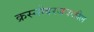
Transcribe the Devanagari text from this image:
क्रस्नोदरजवळील